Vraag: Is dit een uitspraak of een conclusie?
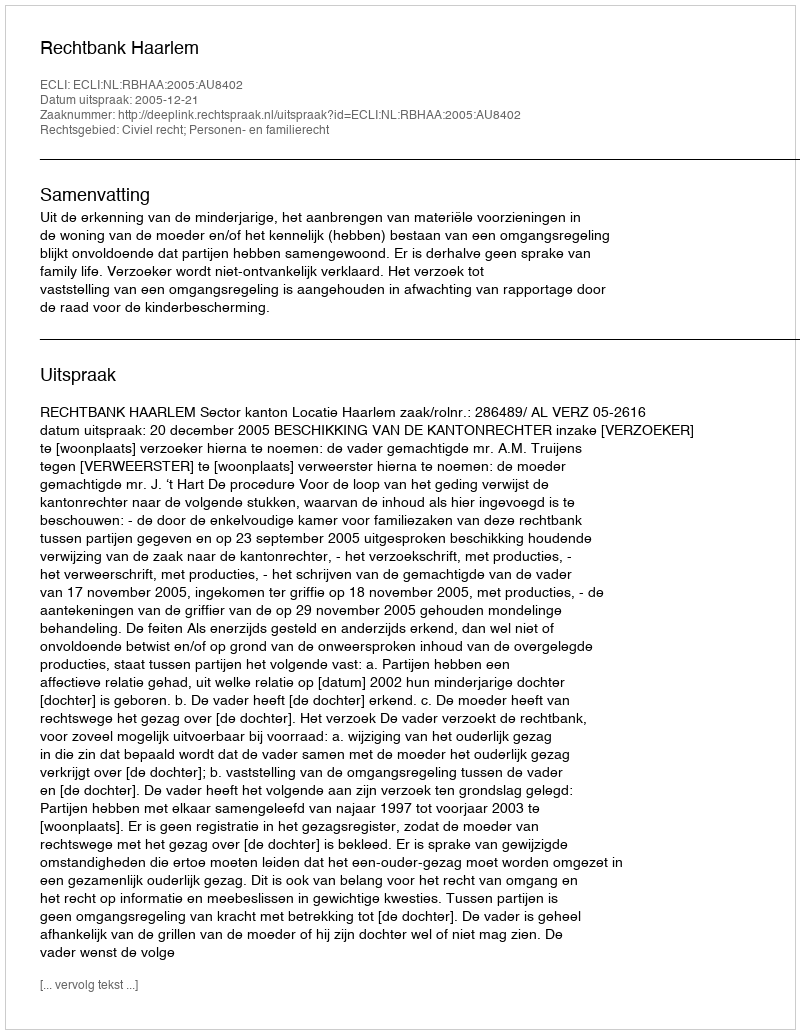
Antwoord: Uitspraak